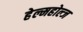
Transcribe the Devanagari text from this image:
हेल्महोल्ज